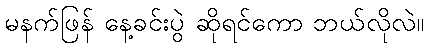
မနက်ဖြန် နေ့ခင်းပွဲ ဆိုရင်ကော ဘယ်လိုလဲ။